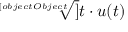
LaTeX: { \sqrt [ [object Object] ] { t } } \cdot u ( t )